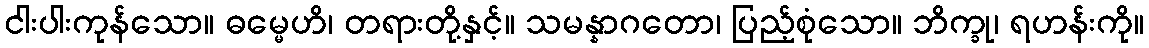
ငါးပါးကုန်သော။ ဓမ္မေဟိ၊ တရားတို့နှင့်။ သမန္နာဂတော၊ ပြည့်စုံသော။ ဘိက္ခု၊ ရဟန်းကို။